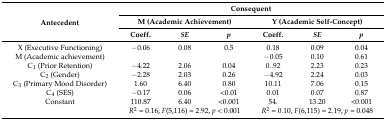
<table><thead><tr><td rowspan="3"><b>Antecedent</b></td><td colspan="6"><b>Consequent</b></td></tr><tr><td colspan="3"><b>M (Academic Achievement)</b></td><td colspan="3"><b>Y (Academic Self-Concept)</b></td></tr><tr><td><b>Coeff.</b></td><td><b><i>SE</i></b></td><td><b><i>p</i></b></td><td><b>Coeff.</b></td><td><b><i>SE</i></b></td><td><b><i>p</i></b></td></tr></thead><tbody><tr><td>X (Executive Functioning)</td><td>−0.06</td><td>0.08</td><td>0.5</td><td>0.18</td><td>0.09</td><td>0.04</td></tr><tr><td>M (Academic achievement)</td><td></td><td></td><td></td><td>−0.05</td><td>0.10</td><td>0.61</td></tr><tr><td>C<sub>1</sub> (Prior Retention)</td><td>−4.22</td><td>2.06</td><td>0.04</td><td>0..92</td><td>2.23</td><td>0.23</td></tr><tr><td>C<sub>2</sub> (Gender)</td><td>−2.28</td><td>2.03</td><td>0.26</td><td>−4.92</td><td>2.24</td><td>0.03</td></tr><tr><td>C<sub>3</sub> (Primary Mood Disorder)</td><td>1.60</td><td>6.40</td><td>0.80</td><td>10.11</td><td>7.06</td><td>0.15</td></tr><tr><td>C<sub>4</sub> (SES)</td><td>−0.17</td><td>0.06</td><td>&lt;0.01</td><td>0.01</td><td>0.07</td><td>0.87</td></tr><tr><td>Constant</td><td>110.87</td><td>6.40</td><td>&lt;0.001</td><td>54.</td><td>13.20</td><td>&lt;0.001</td></tr><tr><td></td><td colspan="3"><i>R</i><sup>2</sup> = 0.16, <i>F</i>(5,116) = 2.92, <i>p</i> &lt; 0.001</td><td colspan="3"><i>R</i><sup>2</sup> = 0.10, <i>F</i>(6,115) = 2.19, <i>p</i> = 0.048</td></tr></tbody></table>